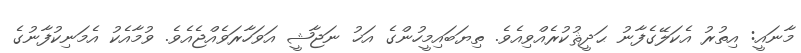
މާނައީ: އިތުރު އެކަލޭގެފާނު ޙަދީޘުކުރެއްވިއެވެ. ތިޔަބައިމީހުންގެ އަޚު ނަޖާޝީ އަވަހާރަވެއްޖެއެވެ. ވުމާއެކު އެމަނިކުފާނުގެ